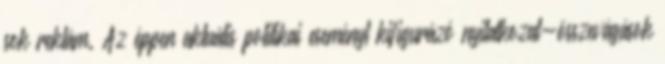
sok reklám. Az éppen aktuális politikai eseményt kifigurázó nyilatkozat-összevágások